Problem: 5 × 4 = ?
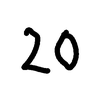
Handwritten answer: 20